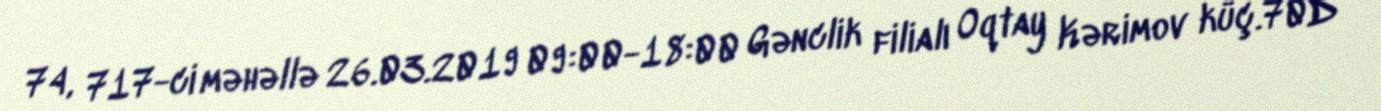
74, 717-ci məhəllə 26.03.2019 09:00-18:00 Gənclik filialı Oqtay Kərimov küç.70D